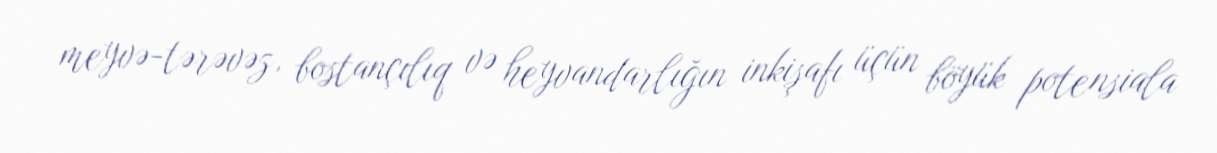
meyvə-tərəvəz, bostançılıq və heyvandarlığın inkişafı üçün böyük potensiala